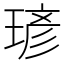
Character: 𪻾